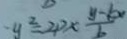
- y ^ { 2 } = 2 p \times \frac { y - k x } { b }